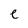
Character: e